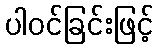
ပါဝင်ခြင်းဖြင့်